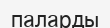
паларды